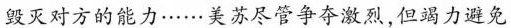
毁灭对方的能力……美苏尽管争夺激烈，但竭力避免